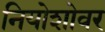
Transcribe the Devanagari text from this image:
नियोशोवर